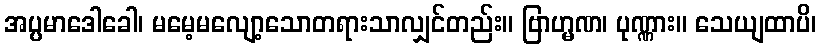
အပ္ပမာဒေါခေါ၊ မမေ့မလျော့သောတရားသာလျှင်တည်း။ ဗြာဟ္မဏ၊ ပုဏ္ဏား။ သေယျထာပိ၊